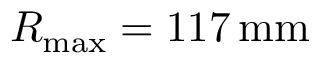
R _ { \mathrm { m a x } } = 1 1 7 \, \mathrm { m m }